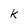
Character: k